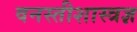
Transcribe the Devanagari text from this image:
वनस्तीशास्त्रज्ञ